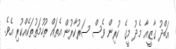
އަބްދު ގާޒީއާ މެދު މީގެ ކުރިން ވެސް ސަރުކާރުން އެތައް ތުހުމަތުތަކެއްކުރި އެވެ.